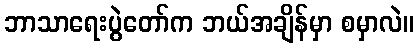
ဘာသာရေးပွဲတော်က ဘယ်အချိန်မှာ စမှာလဲ။